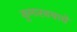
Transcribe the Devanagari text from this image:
कुमारवयाचे